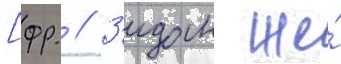
[фр. // З'идан же́